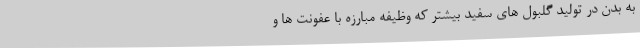
به بدن در تولید گلبول های سفید بیشتر که وظیفه مبارزه با عفونت ها و